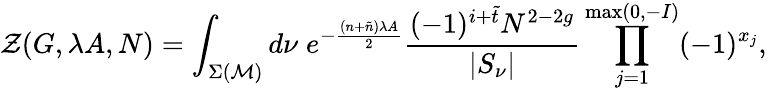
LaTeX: {\cal Z}(G,\lambda A,N)=\int_{\Sigma({\cal M})}d\nu\; e^{-\frac{(n+\tilde{n})\lambda A}{2}}\frac{(-1)^{i+\tilde{t}}N^{2-2g}}{|S_{\nu}|}\prod_{j=1}^{\operatorname*{max}(0,-I)}(-1)^{x_{j}},